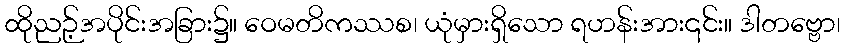
ထိုညဉ့်အပိုင်းအခြား၌။ ဝေမတိကဿစ၊ ယုံမှားရှိသော ရဟန်းအား၎င်း။ ဒါတဗ္ဗော၊